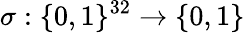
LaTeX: \sigma:\{ 0,1\} ^{32}\to\{ 0,1\}